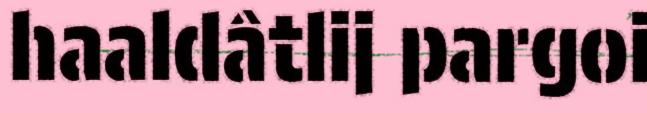
haaldâtlij pargoi